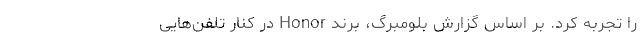
را تجربه کرد. بر اساس گزارش بلومبرگ، برند Honor در کنار تلفن‌هایی